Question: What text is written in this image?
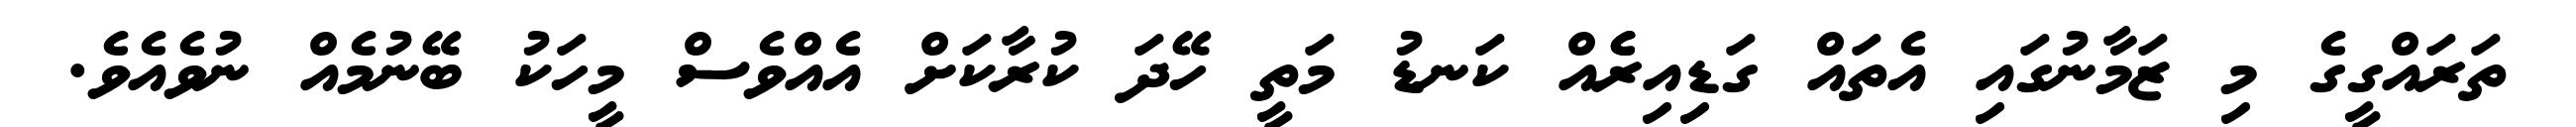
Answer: ތަރައްގީގެ މި ޒަމާނުގައި އެތައް ގަޑިއިރެެއް ކަނޑު މަތީ ހޭދަ ކުރާކަށް އެއްވެސް މީހަކު ބޭނުމެއް ނުވެއެވެ.